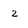
Character: 2